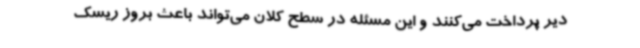
دیر پرداخت می‌کنند و این مسئله در سطح کلان می‌تواند باعث بروز ریسک